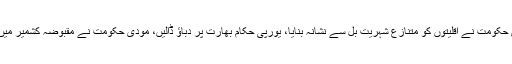
کشمیر کونسل کا کہنا تھا کہ مودی حکومت نے اقلیتوں کو متنازع شہریت بل سے نشانہ بنایا، یورپی حکام بھارت پر دباؤ ڈالیں، مودی حکومت نے مقبوضہ کشمیر میں ظلم وبربریت کی انتہا کردی ہے۔